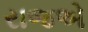
રાજએ